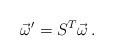
LaTeX: \begin{align*}\vec{\omega}^{\prime} = S^{T}\vec{\omega}\, .\end{align*}